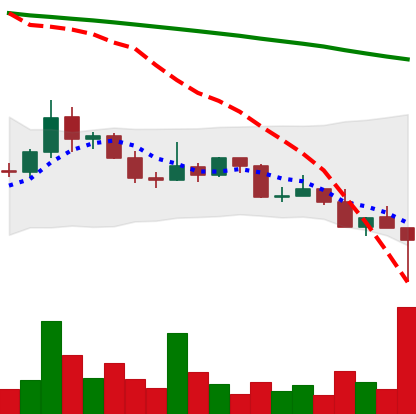
Ticker: DOGE-USD
Chart end date: 2022-02-24
Forward return: 8.178%
Label: up_7plus